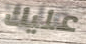
عليك